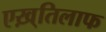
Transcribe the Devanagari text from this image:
एख़्तिलाफ